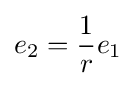
e_{2}={\frac {1}{r}}e_{1}